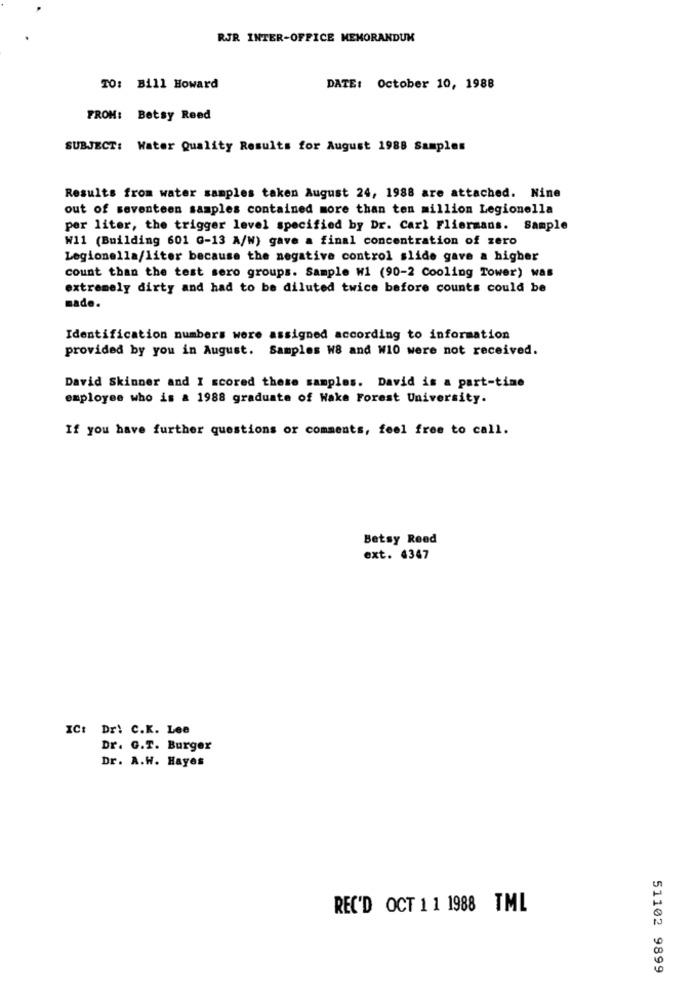
RJR INTER-OFFICE MEMORANDUM
TO: Bill Howard
DATE: October 10, 1988
FROM: Betsy Reed
SUBJECT: Water Quality Results for August 1988 Samples
Results from water samples taken August 24, 1988 are attached. Nine
out of seventeen samples contained more than ten million Legionella
per liter, the trigger level specified by Dr. Carl Fliermans. Sample
W11 (Building 601 G-13 A/W) gave a final concentration of zero
Legionella/liter because the negative control slide gave a higher
count than the test sero groups. Sample W1 (90-2 Cooling Tower) was
extremely dirty and had to be diluted twice before counts could be
made.
Identification numbers were assigned according to information
provided by you in August. Samples W8 and W10 were not received.
David Skinner and I scored these samples. David is a part-time
employee who is a 1988 graduate of Wake Forest University.
If you have further questions or comments, feel free to call.
Betsy Reed
ext. 4347
IC: Dr: C.K. Lee
Dr. G.T. Burger
Dr. A.W. Hayes
REC'D OCT 1 1 1988 TML
51102 9899